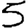
Digit: 5